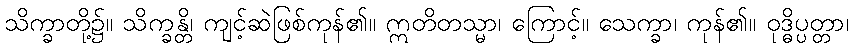
သိက္ခာတို့၌။ သိက္ခန္တိ၊ ကျင့်ဆဲဖြစ်ကုန်၏။ ဣတိတသ္မာ၊ ကြောင့်။ သေက္ခာ၊ ကုန်၏။ ဝုဒ္ဓိပ္ပတ္တာ၊